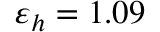
\varepsilon _ { h } = 1 . 0 9